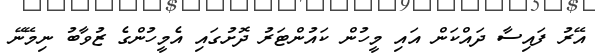
އޭރު ފައިސާ ދައްކަން އައި މީހުން ކައުންޓަރު ދޮށުގައި އެމީހުންގެ ޒުވާބު ނިމޭނޭ